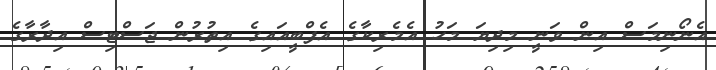
އެނޯނިމަސް އިން ވަނީ މިދިޔަ މަހު އެމެރިކާގެ އެފްބީއައިގެ އިތުރުން ޖަސްޓިސް އިދާރާގެ